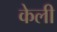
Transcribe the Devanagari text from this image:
केली